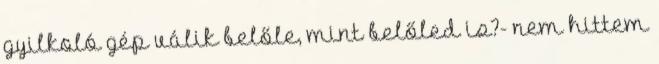
gyilkoló gép válik belőle, mint belőled is?- nem hittem